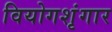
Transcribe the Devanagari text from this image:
वियोगशृंगार